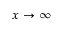
x \to \infty